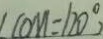
\angle C O M = 1 2 0 ^ { \circ } )